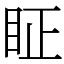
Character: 眐